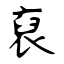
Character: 裒